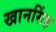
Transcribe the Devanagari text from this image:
खानसिंह